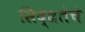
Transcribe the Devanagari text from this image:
सिद्धतेचे